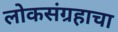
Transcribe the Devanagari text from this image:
लोकसंग्रहाचा